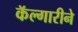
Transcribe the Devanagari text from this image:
कॅल्गारीने